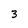
Character: 3